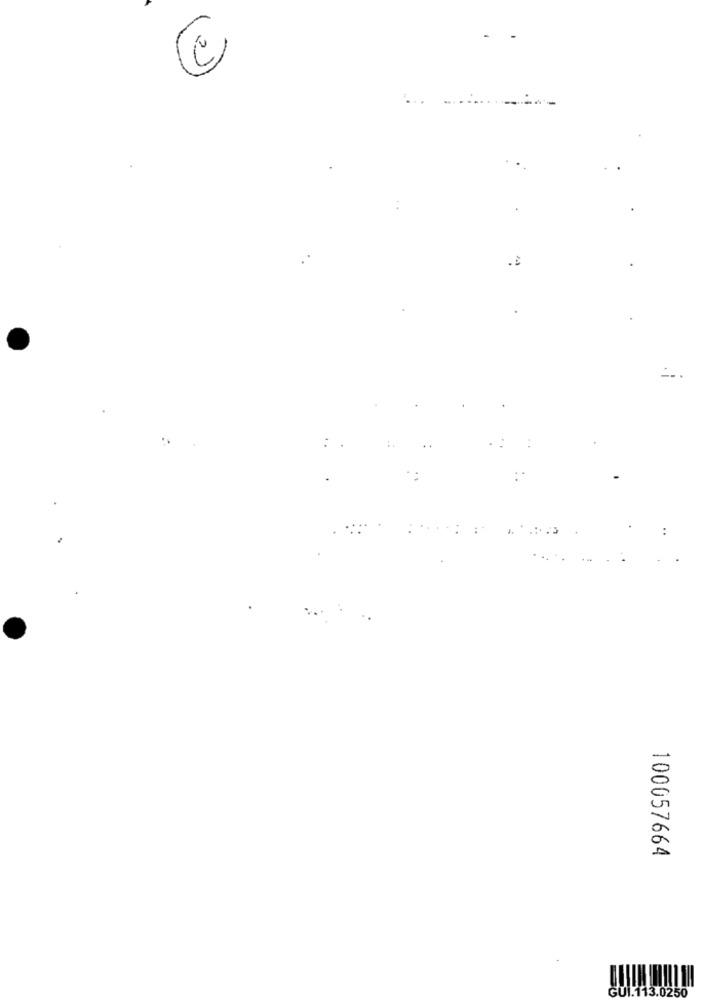
2)
...
.È
100057664
GUI.113.0250